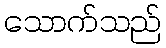
သောက်သည်